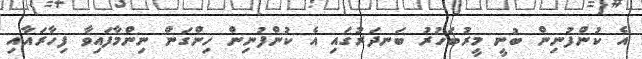
އެ ކުންފުނިން ބުނީ މީރުބަހުރު ބަނދަރުގައި އެ ކުންފުނިން ހިންގަން ނިންމާފައިވާ ފިހާރައާއި